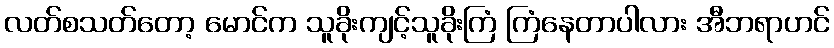
လတ်စသတ်တော့ မောင်က သူခိုးကျင့်သူခိုးကြံ ကြံနေတာပါလား အီဘရာဟင်